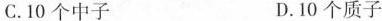
C.10个中子 D.10个质子